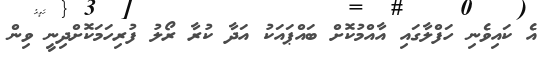
އެ ކައިވެނި ހަފްލާގައި އާއްމުކޮށް ބައްޕައަކު އަދާ ކުރާ ރޯލު ފުރިހަމަކޮށްދިނީ ވިން